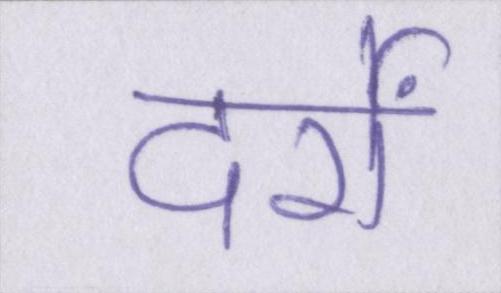
दर्रों